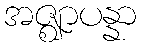
အဇ္ဈာပန္နာ